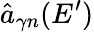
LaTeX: \hat{a}_{\gamma n}(E^{\prime})